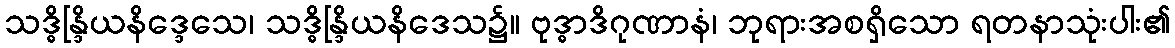
သဒ္ဓိန္ဒြိယနိဒ္ဒေသေ၊ သဒ္ဓိန္ဒြိယနိဒေသ၌။ ဗုဒ္ဓာဒိဂုဏာနံ၊ ဘုရားအစရှိသော ရတနာသုံးပါး၏